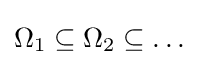
\Omega _{1}\subseteq \Omega _{2}\subseteq \dots